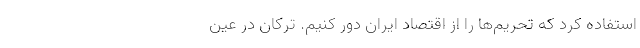
استفاده کرد که تحریم‌ها را از اقتصاد ایران دور کنیم. ترکان در عین